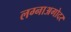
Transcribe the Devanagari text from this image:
लग्नाअगोदर